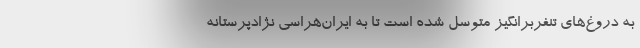
به دروغ‌های تنفربرانگیز متوسل شده است تا به ایران‌هراسی نژادپرستانه